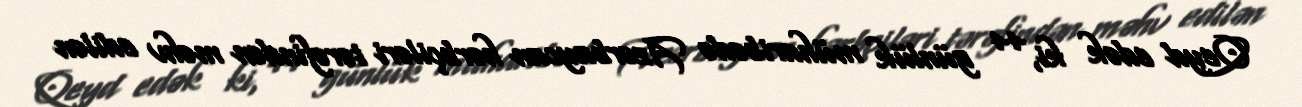
Qeyd edək ki, 44 günlük müharibədə Azərbaycan hərbçiləri tərəfindən məhv edilən